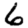
Digit: 6